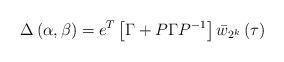
LaTeX: \begin{align*}\Delta \left( \alpha ,\beta \right) =e^{T}\left[ \Gamma +P\Gamma P^{-1}\right] \bar{w}_{2^{k}}\left( \tau \right) \end{align*}